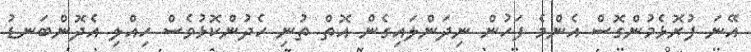
އޭނަ ފުރޮޅެމުންގޮސް އެންމެ ފަހުން ނިދަންލައިގެން އޮތް ތުނި ހެދުންކޮޅުވެސް ހިއްލި އެދޮންބަނޑު